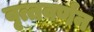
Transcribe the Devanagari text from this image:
वृत्तवर्णन